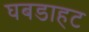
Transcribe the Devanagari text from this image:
घबडाहट